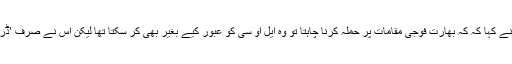
جواب میں انہوں نے کہا کہ کہ بھارت فوجی مقامات پر حملہ کرنا چاہتا تو وہ ایل او سی کو عبور کیے بغیر بھی کر سکتا تھا لیکن اس نے صرف ’ڈرائے رن کرنا تھا۔